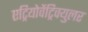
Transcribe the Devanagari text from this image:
एट्रियोवेंट्रिक्युलर